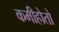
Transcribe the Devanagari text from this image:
कमीहोतो